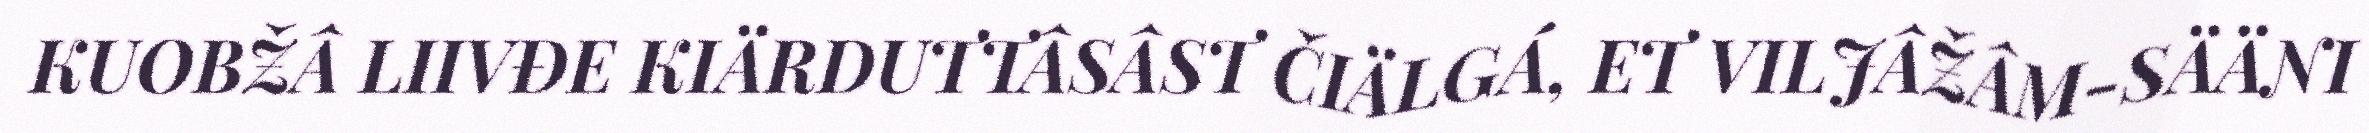
KUOBŽÂ LIIVĐE KIÄRDUTTÂSÂST ČIÄLGÁ, ET VILJÂŽÂM-SÄÄNI